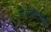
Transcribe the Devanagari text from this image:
बोलींविषयींचे